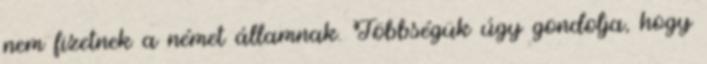
nem fizetnek a német államnak. Többségük úgy gondolja, hogy